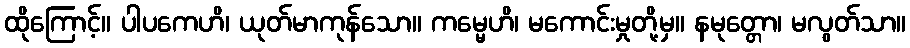
ထိုကြောင့်။ ပါပကေဟိ၊ ယုတ်မာကုန်သော။ ကမ္မေဟိ၊ မကောင်းမှုတို့မှ။ နမုတ္တော၊ မလွတ်သာ။